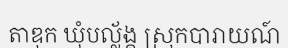
តាឌុក ឃុំបល្ល័ង្គ ស្រុកបារាយណ៍